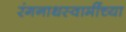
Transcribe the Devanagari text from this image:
रंगनाथस्वामींच्या